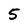
Character: 5